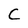
Character: C